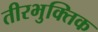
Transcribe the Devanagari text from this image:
तीरभुक्‍तिक